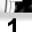
Digit: 1